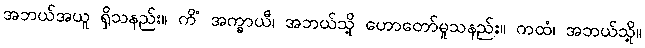
အဘယ်အယူ ရှိသနည်း။ ကိံ အက္ခာယီ၊ အဘယ်သို့ ဟောတော်မူသနည်း။ ကထံ၊ အဘယ်သို့။